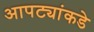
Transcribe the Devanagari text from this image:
आपट्यांकडे